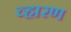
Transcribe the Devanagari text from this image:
व्हारण